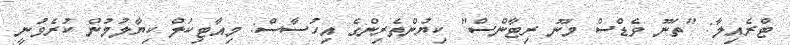
ޓްރެއިލާ: "ތަނޫ ވެޑްސް މަނޫ ރިޓާންސް" ކިޔުންތެރިންގެ އިހުސާސް: މިއާޓިކަލް ކިޔާލުމުން ކުރެވުނީ